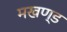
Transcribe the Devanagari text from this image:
मखण्ड